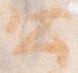
公